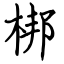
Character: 梆